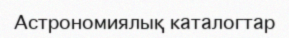
Астрономиялық каталогтар